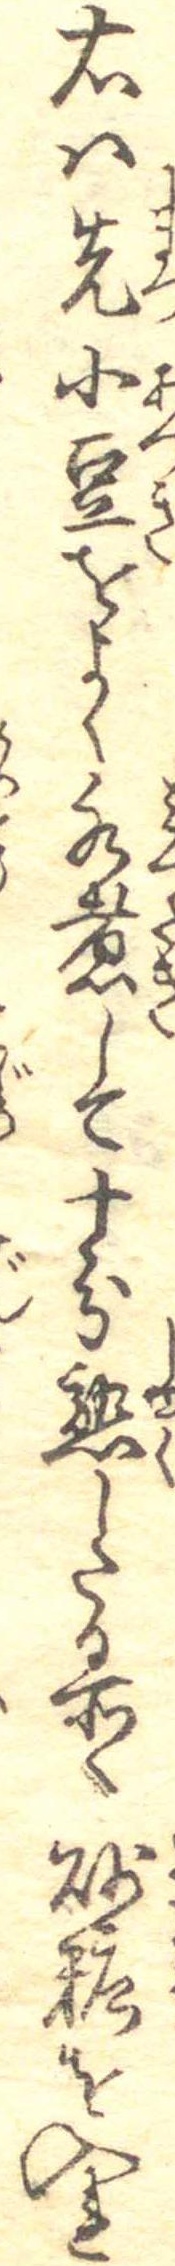
右は先小豆をよく水煮して十分熟したる所へ砂糖を入れ